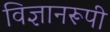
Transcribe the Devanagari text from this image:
विज्ञानरूपी